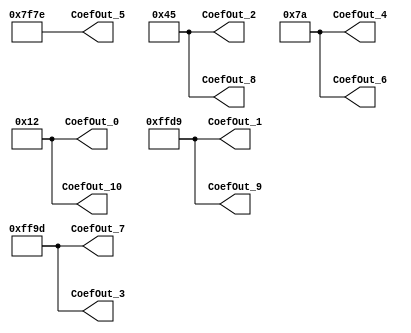
// -------------------------------------------------------------
// 
// 
// Generated by MATLAB 9.13 and HDL Coder 4.0
// 
// -------------------------------------------------------------


// -------------------------------------------------------------
// 
// Module: whdlOFDMTx_FilterCoef
// Source Path: whdlOFDMTx/Discrete FIR Filter/Filter/FilterCoef
// Hierarchy Level: 4
// 
// -------------------------------------------------------------

`timescale 1 ns / 1 ns

module whdlOFDMTx_FilterCoef
          (CoefOut_0,
           CoefOut_1,
           CoefOut_2,
           CoefOut_3,
           CoefOut_4,
           CoefOut_5,
           CoefOut_6,
           CoefOut_7,
           CoefOut_8,
           CoefOut_9,
           CoefOut_10);


  output  signed [15:0] CoefOut_0;  // sfix16_En15
  output  signed [15:0] CoefOut_1;  // sfix16_En15
  output  signed [15:0] CoefOut_2;  // sfix16_En15
  output  signed [15:0] CoefOut_3;  // sfix16_En15
  output  signed [15:0] CoefOut_4;  // sfix16_En15
  output  signed [15:0] CoefOut_5;  // sfix16_En15
  output  signed [15:0] CoefOut_6;  // sfix16_En15
  output  signed [15:0] CoefOut_7;  // sfix16_En15
  output  signed [15:0] CoefOut_8;  // sfix16_En15
  output  signed [15:0] CoefOut_9;  // sfix16_En15
  output  signed [15:0] CoefOut_10;  // sfix16_En15


  wire signed [15:0] CoefData;  // sfix16_En15
  wire signed [15:0] CoefData_1;  // sfix16_En15
  wire signed [15:0] CoefData_2;  // sfix16_En15
  wire signed [15:0] CoefData_3;  // sfix16_En15
  wire signed [15:0] CoefData_4;  // sfix16_En15
  wire signed [15:0] CoefData_5;  // sfix16_En15
  wire signed [15:0] CoefData_6;  // sfix16_En15
  wire signed [15:0] CoefData_7;  // sfix16_En15
  wire signed [15:0] CoefData_8;  // sfix16_En15
  wire signed [15:0] CoefData_9;  // sfix16_En15
  wire signed [15:0] CoefData_10;  // sfix16_En15


  // CoefReg_1
  assign CoefData = 16'sb0000000000010010;



  assign CoefOut_0 = CoefData;

  // CoefReg_2
  assign CoefData_1 = 16'sb1111111111011001;



  assign CoefOut_1 = CoefData_1;

  // CoefReg_3
  assign CoefData_2 = 16'sb0000000001000101;



  assign CoefOut_2 = CoefData_2;

  // CoefReg_4
  assign CoefData_3 = 16'sb1111111110011101;



  assign CoefOut_3 = CoefData_3;

  // CoefReg_5
  assign CoefData_4 = 16'sb0000000001111010;



  assign CoefOut_4 = CoefData_4;

  // CoefReg_6
  assign CoefData_5 = 16'sb0111111101111110;



  assign CoefOut_5 = CoefData_5;

  // CoefReg_7
  assign CoefData_6 = 16'sb0000000001111010;



  assign CoefOut_6 = CoefData_6;

  // CoefReg_8
  assign CoefData_7 = 16'sb1111111110011101;



  assign CoefOut_7 = CoefData_7;

  // CoefReg_9
  assign CoefData_8 = 16'sb0000000001000101;



  assign CoefOut_8 = CoefData_8;

  // CoefReg_10
  assign CoefData_9 = 16'sb1111111111011001;



  assign CoefOut_9 = CoefData_9;

  // CoefReg_11
  assign CoefData_10 = 16'sb0000000000010010;



  assign CoefOut_10 = CoefData_10;

endmodule  // whdlOFDMTx_FilterCoef